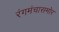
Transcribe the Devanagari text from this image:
रंगमंचासमोर